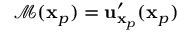
\mathcal { M } ( \mathbf { x } _ { p } ) = \mathbf { u } _ { \mathbf { x } _ { p } } ^ { \prime } ( \mathbf { x } _ { p } )